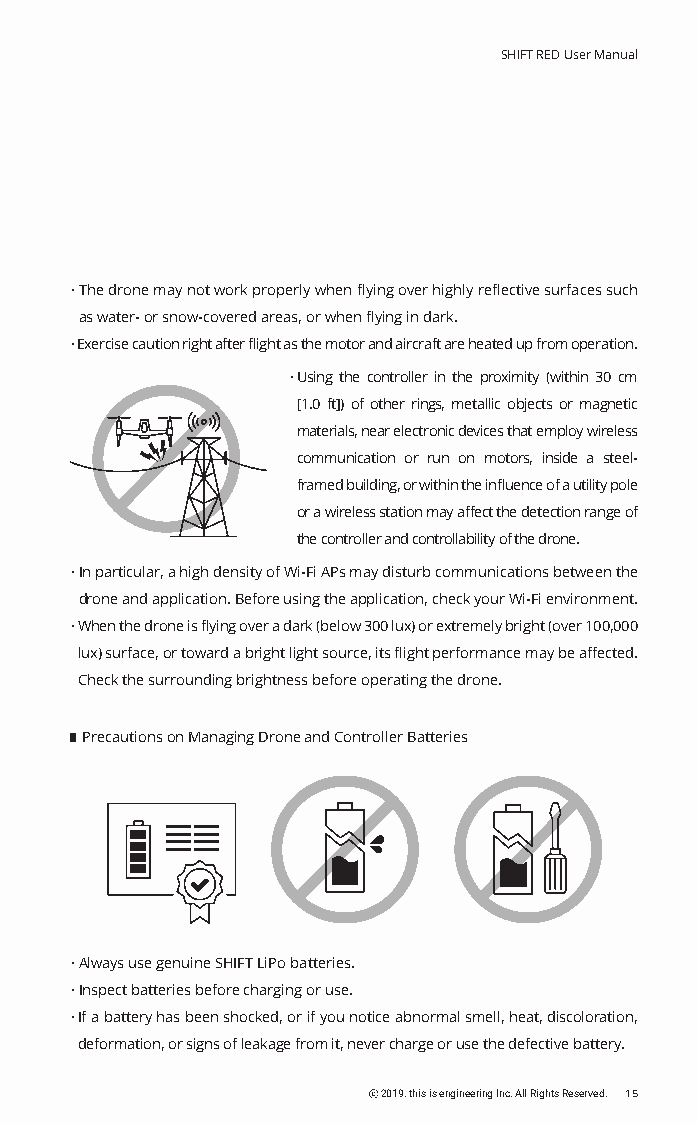
SHIFT RED User Manual
 · The drone may not work properly when flying over highly reflective surfaces such
 as water- or snow-covered areas, or when flying in dark.
 · Exercise caution right after flight as the motor and aircraft are heated up from operation.
 · U sing the controller in the proximity (within 30 cm
 [1.0 ft]) of other rings, metallic objects or magnetic
 materials, near electronic devices that employ wireless
 communication or run on motors, inside a steel-
 framed building, or within the influence of a utility pole
 or a wireless station may affect the detection range of
 the controller and controllability of the drone.
 · In particular, a high density of Wi-Fi APs may disturb communications between the
 drone and application. Before using the application, check your Wi-Fi environment.
 · W hen the drone is flying over a dark (below 300 lux) or extremely bright (over 100,000
 lux) surface, or toward a bright light source, its flight performance may be affected.
 Check the surrounding brightness before operating the drone.
 Precautions on Managing Drone and Controller Batteries
 · Always use genuine SHIFT LiPo batteries.
 · Inspect batteries before charging or use.
 · If a battery has been shocked, or if you notice abnormal smell, heat, discoloration,
 deformation, or signs of leakage from it, never charge or use the defective battery.
 ⓒ 2019. this is engineering Inc. All Rights Reserved. 15